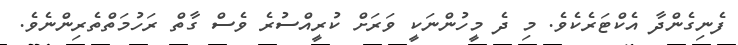
ފެނިގެންދާ އެކްޓަރެކެވެ. މި ދެ މީހުންނަކީ ވަރަށް ކުރީއްސުރެ ވެސް ގާތް ރަހުމަތްތެރިންނެވެ.